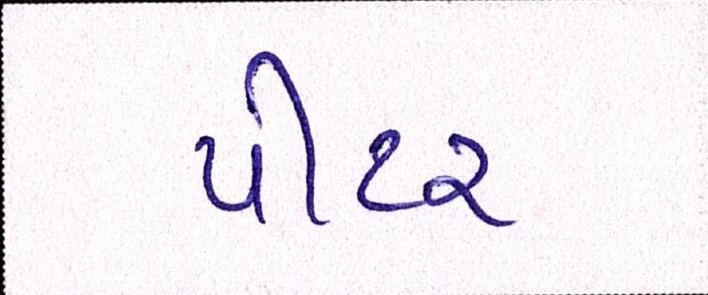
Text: પીટર